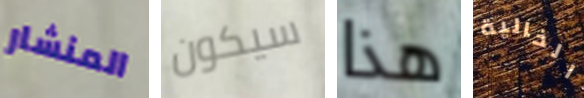
المنشار سيكون هذا الخالية